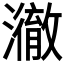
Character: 𤁲